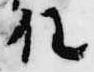
任